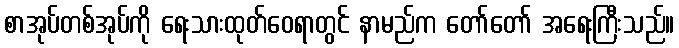
စာအုပ်တစ်အုပ်ကို ရေးသားထုတ်ဝေရာတွင် နာမည်က တော်တော် အရေးကြီးသည်။